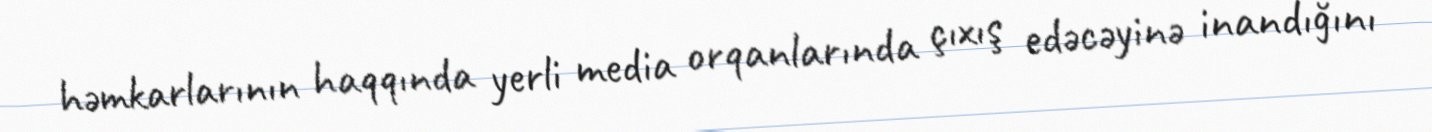
həmkarlarının haqqında yerli media orqanlarında çıxış edəcəyinə inandığını